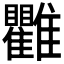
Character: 𩁯